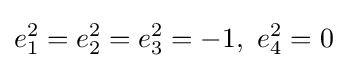
e_{1}^{2}=e_{2}^{2}=e_{3}^{2}=-1,\,\,e_{4}^{2}=0